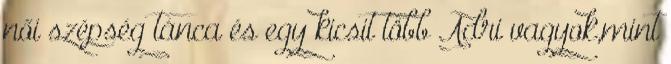
női szépség tánca és egy kicsit több Adri vagyok,mint